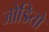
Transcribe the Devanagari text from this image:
जोडितो